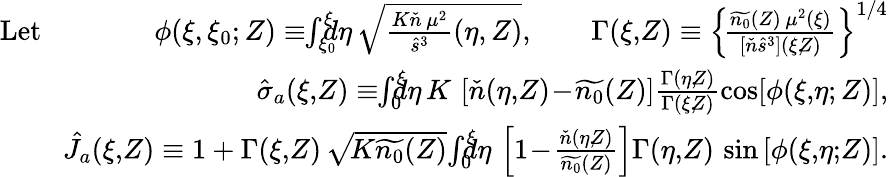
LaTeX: \begin{array}{r}{\mathrm{Let}\qquad\qquad\phi(\xi,\xi_{0};Z)\equiv\! \! \int_{\xi_{0}}^{\xi}\! \! \! \! d\eta\, \sqrt{\frac{K\check{n}\, \mu^{2}}{\hat{s}^{3}}(\eta,Z)},\qquad\Gamma(\xi,\! Z)\equiv\left\{ \! \frac{\widetilde{n_{0}}(Z)\, \mu^{2}(\xi)}{[\check{n}\hat{s}^{3}](\xi,\! Z)}\right\} ^{1/4}}\\ {\hat{\sigma}_{a}(\xi,\! Z)\equiv\! \! \int_{0}^{\xi}\! \! \! \! d\eta\, K\, \left[\check{n}(\eta,\! Z)\! -\! \widetilde{n_{0}}(Z)\right]\frac{\Gamma(\eta,\! Z)}{\Gamma(\xi,\! Z)}\cos[\phi(\xi,\! \eta;Z)],}\\ {\hat{J}_{a}(\xi,\! Z)\equiv 1+\Gamma(\xi,\! Z)\, \sqrt{\! K\widetilde{n_{0}}(Z)}\! \int_{0}^{\xi}\! \! \! \! d\eta\, \left[1\! -\! \frac{\check{n}(\eta,\! Z)}{\widetilde{n_{0}}(Z)}\right]\Gamma(\eta,\! Z)\, \sin\left[\phi(\xi,\! \eta;\! Z)\right].}\end{array}